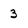
Character: 3